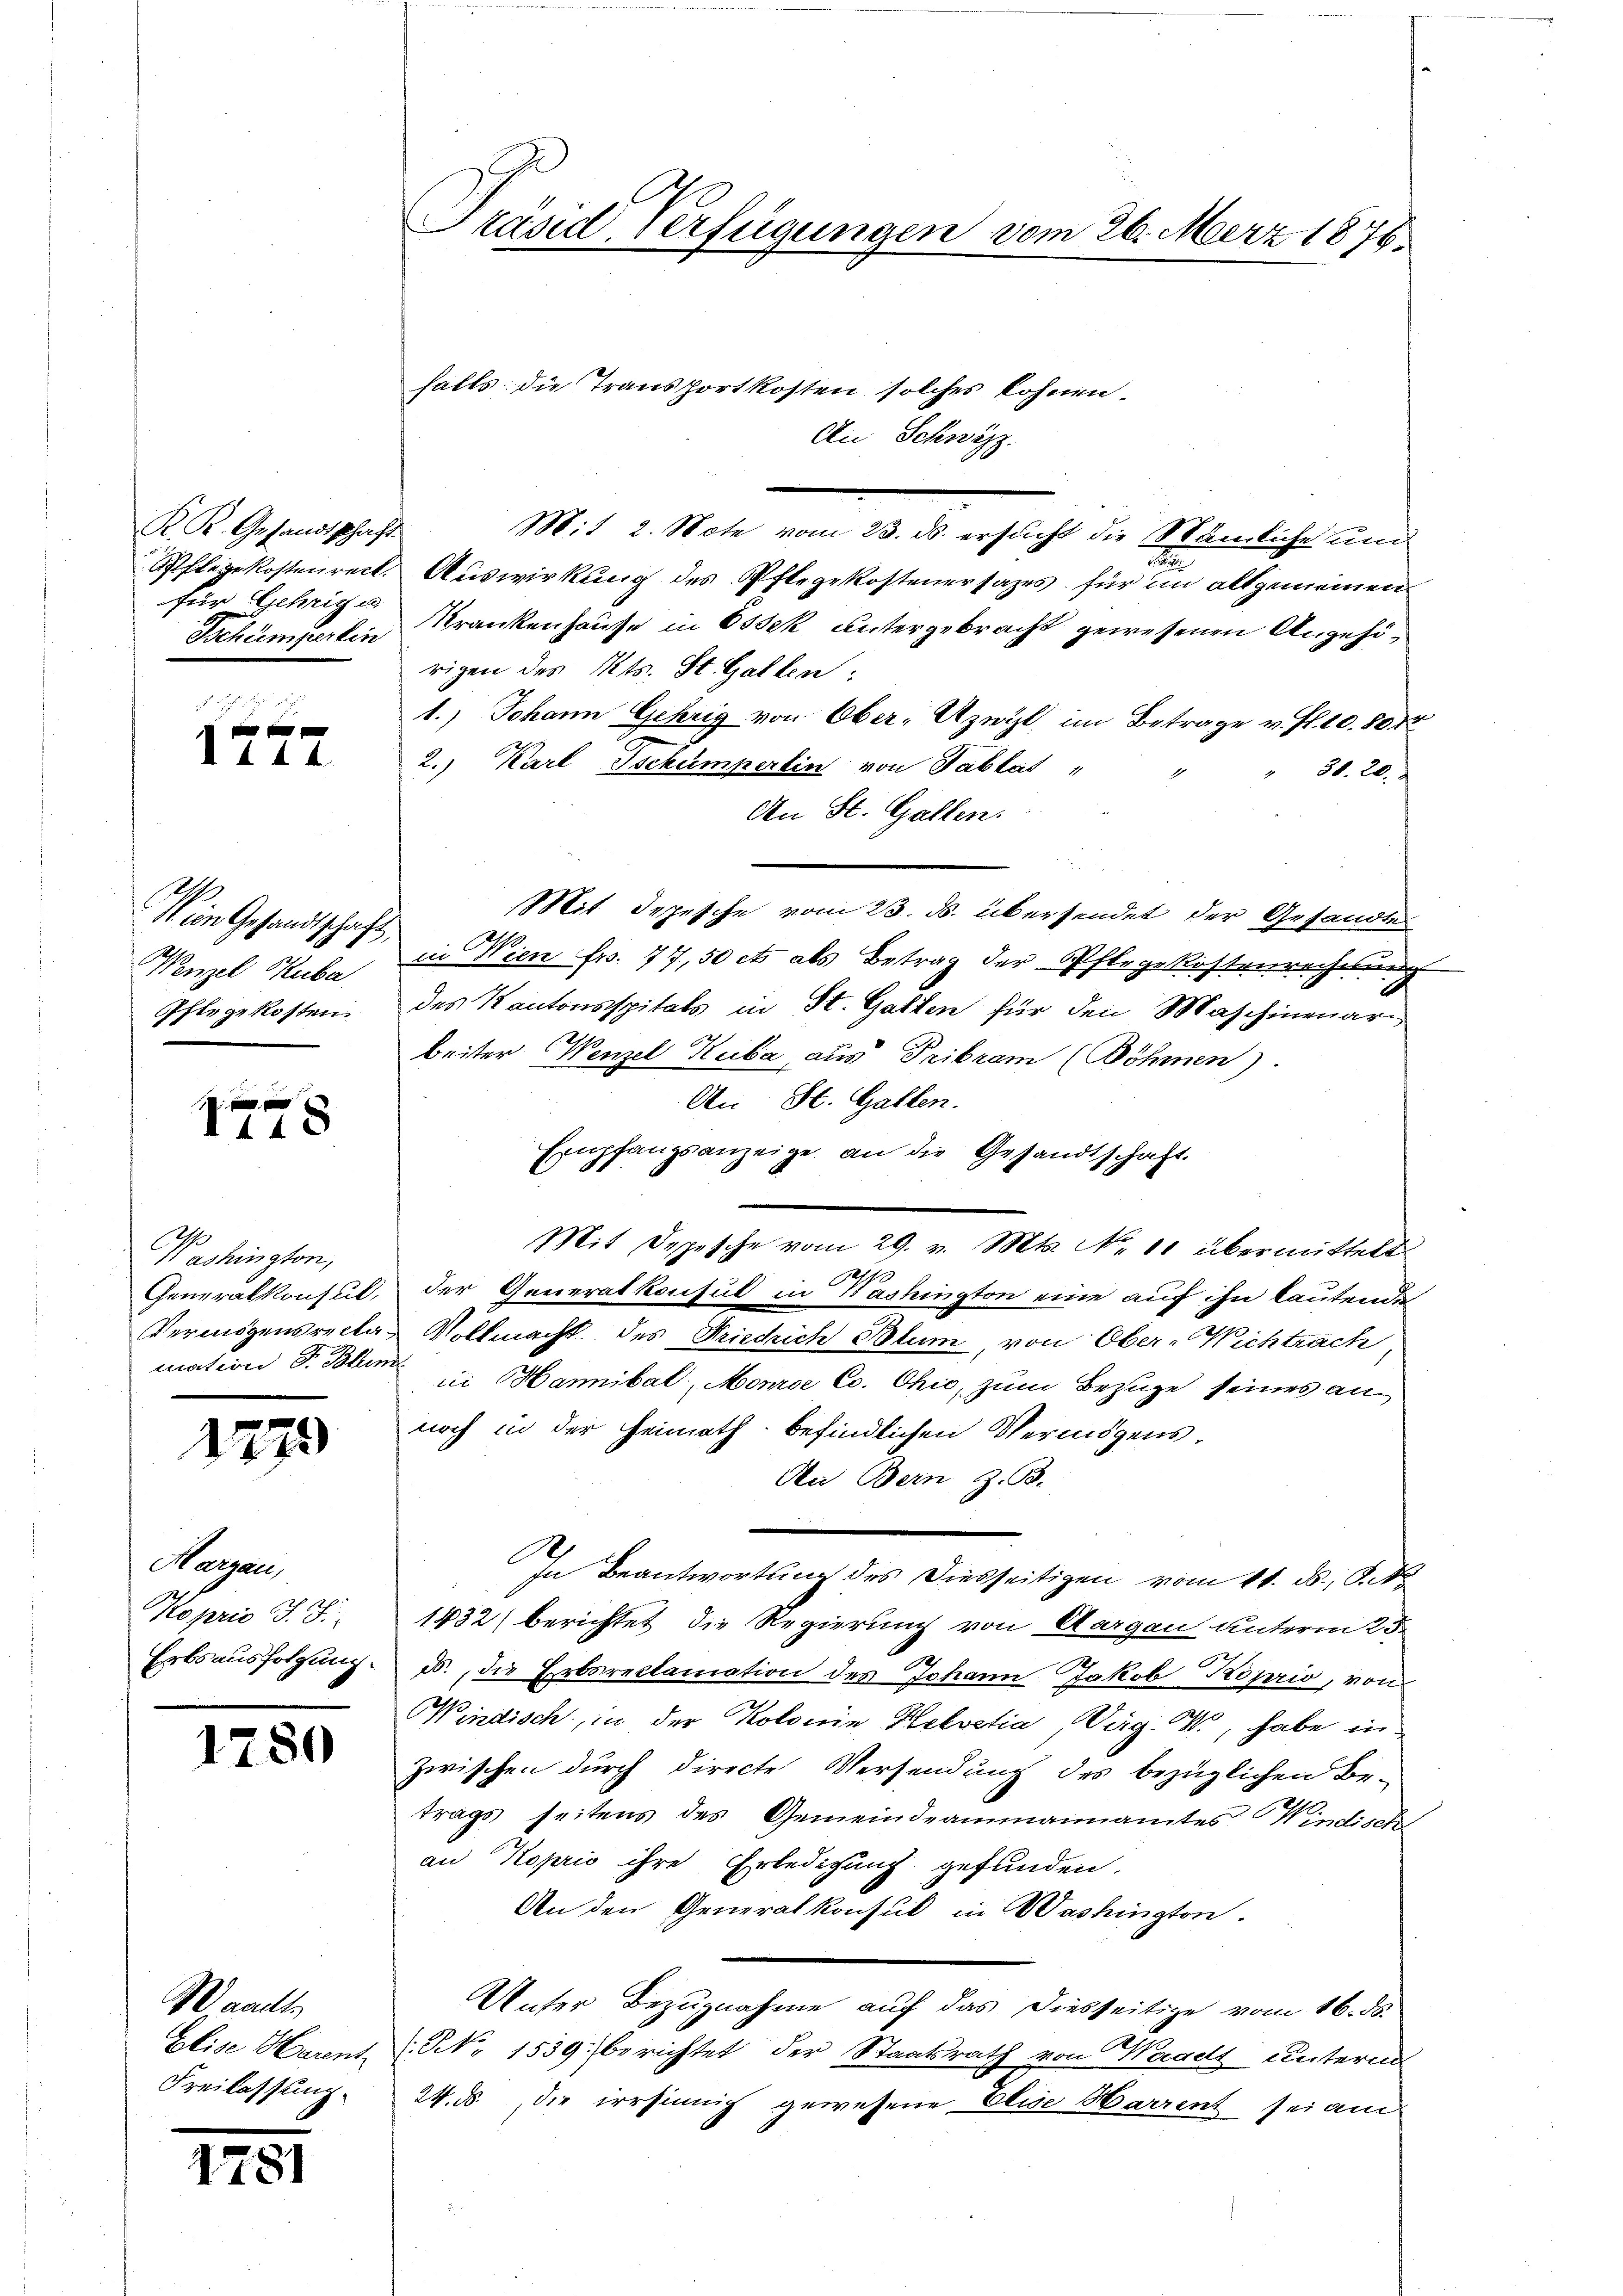
K. K. Gesandtschaft
Pflegekostenrect.
für Gehrige
Tschimperlin

I 444.

Wein Gesandtschaft,
Wengel Kuba
Pflege kosten.

xx
440

Washington,
Generalkonsul,
Vermögensreclamation S. Blume

1775

Nargen
Koprio J. J.
Erbsausfolgung.

1780

Waadt
Elise Harent
Freilassung.

17

Präsid Verfügungen dem 26. März 1876.

falls: die Transportkosten solches Lohnen
An Schwyzz.
Mit 2. Note vom 23. ds. ersucht die Stämliche und
.
Auswirkung des Pflegekostenersages für im allgemeinen
Krankenhause in Ossek untergebracht gewesenen Angehörigen des Kts. St. Gallen:
1.) Johann Gehrig von Ober- Azwyl, im Betrage v. fl. 10. 807
2.) Karl Tschumperlin von Tablat
30. 20.
An St. Gallen.
Mit Depesche vom 23. ds. übersendet der Gesandte
in Wien fr. 77, 50 et als Betrag der Pfergekostenrechnung
des Kantonsspitals in St. Gatten für den Maschinenar
beiter Wenzel Kuiba, aus Pribram (Böhmen)
An St. Gallen.
Empfangsanzeige an die Gesandtschaft.
Mit Depesche vom 29. v. Mts. No. 11 übermittelt
.
der Generalkonsul in Washington eine auf ihn lautende
Vollmacht des Friedrich Blum, von Ober-Wichtrach
ii Hannibal, Monroe Cc. Ohio, zum Bezuge seines annoch in der Heimath befindlichen Vermögens¬
Aa Bern z. B.
In Beantwortung des Diesseitigen vom 11. ds., S. N
1432) berichtet die Regierung von Aargau unterm 25.
d., die Erbsreclamation des Johann Jakob Koprio, von
Windisch, in der Kolome Helvetia, Pag. W., habe inzwischen durch directe Versendung des bezüglichen Be-
trags seitens des Gemeindeammannamtes Windische
an Koprio ihre Erledigung gefunden.
An den Generalkonsul in Washington.
Unter Bezugnahme auf das diesseitige vom 16. ds.
N. 1539. berichtet der Staatsrath von Waadt unterm
24. ds. die irrsinnig gewesene Elise Harrent sei am